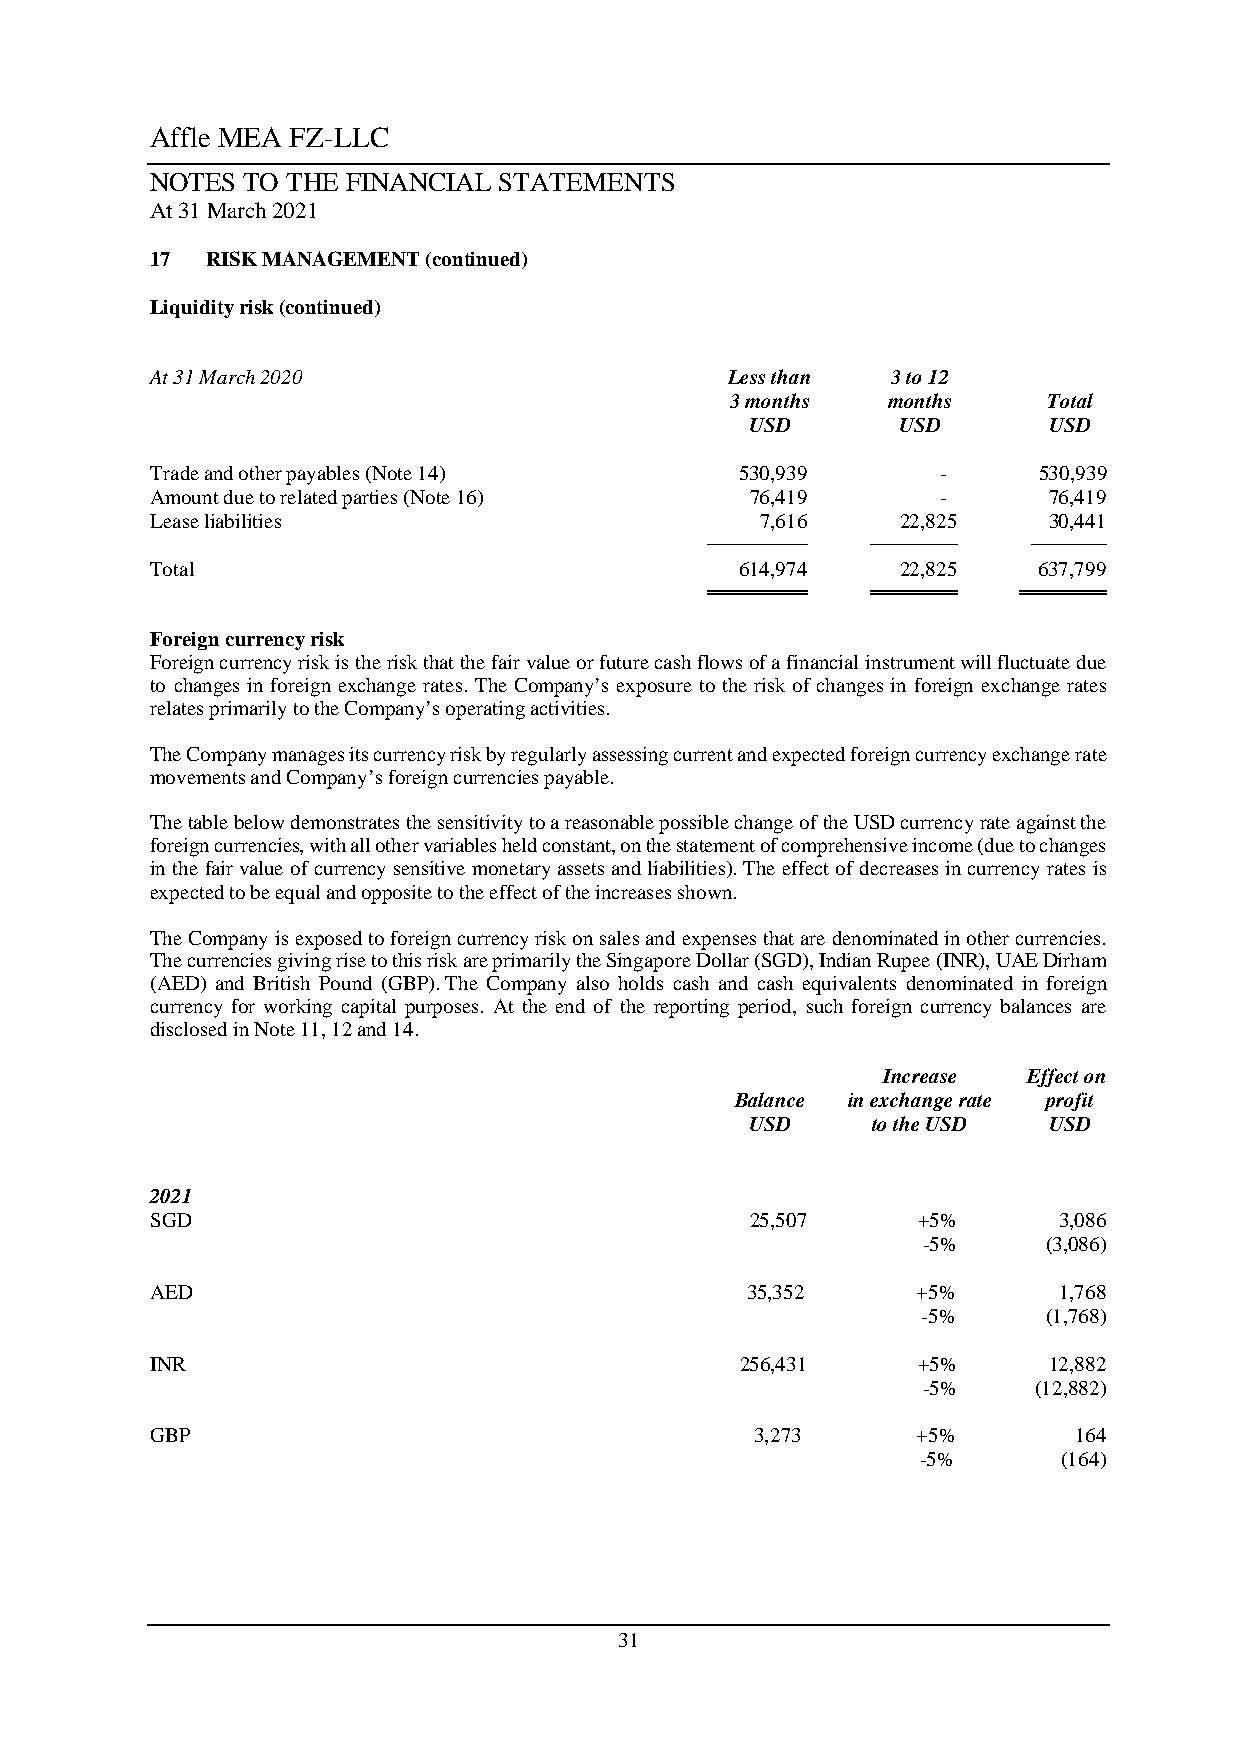
Affle MEA FZ-LLC
 NOTES TO THE FINANCIAL STATEMENTS
 At 31 March 2021
 17  RISK MANAGEMENT (continued)
 Liquidity risk (continued)
 At 31 March 2020                      Less than  3 to 12
 3 months   months    Total
 USD      USD       USD
 Trade and other payables (Note 14)     530,939      -      530,939
 Amount due to related parties (Note 16) 76,419      -      76,419
 Lease liabilities                       7,616     22,825   30,441
 ────────   ───────   ──────
 Total                                  614,974    22,825   637,799
 ════════   ═══════  ═══════
 Foreign currency risk
 Foreign currency risk is the risk that the fair value or future cash flows of a financial instrument will fluctuate due
 to changes in foreign exchange rates. The Company’s exposure to the risk of changes in foreign exchange rates
 relates primarily to the Company’s operating activities.
 The Company manages its currency risk by regularly assessing current and expected foreign currency exchange rate
 movements and Company’s foreign currencies payable.
 The table below demonstrates the sensitivity to a reasonable possible change of the USD currency rate against the
 foreign currencies, with all other variables held constant, on the statement of comprehensive income (due to changes
 in the fair value of currency sensitive monetary assets and liabilities). The effect of decreases in currency rates is
 expected to be equal and opposite to the effect of the increases shown.
 The Company is exposed to foreign currency risk on sales and expenses that are denominated in other currencies.
 The currencies giving rise to this risk are primarily the Singapore Dollar (SGD), Indian Rupee (INR), UAE Dirham
 (AED) and British Pound (GBP). The Company also holds cash and cash equivalents denominated in foreign
 currency for working capital purposes. At the end of the reporting period, such foreign currency balances are
 disclosed in Note 11, 12 and 14.
 Increase  Effect on
 Balance in exchange rate profit
 USD     to the USD USD
 2021
 SGD                                     25,507     +5%      3,086
 -5%     (3,086)
 AED                                    35,352      +5%      1,768
 -5%     (1,768)
 INR                                    256,431     +5%     12,882
 -5%    (12,882)
 GBP                                     3,273      +5%       164
 -5%      (164)
 31